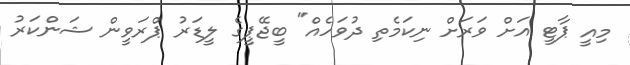
މިއީ ޕާޓީ އަށް ވަރަށް ނިކަމެތި ދުވަހެއް" ބީޖޭޕީގެ ލީޑަރު ޕްރަވީން ޝަންކަރު